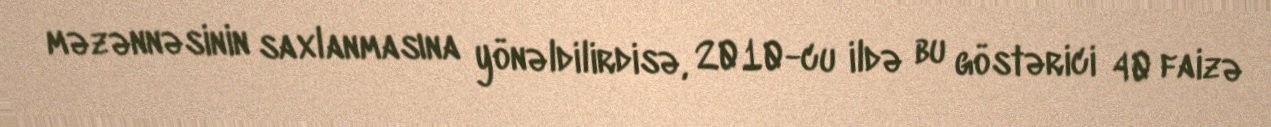
məzənnəsinin saxlanmasına yönəldilirdisə, 2010-cu ildə bu göstərici 40 faizə